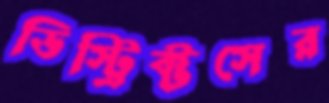
ডিস্ট্রিক্টসের